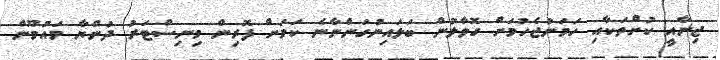
ޖިނާއީ ކުށްތަކާއި ހަމަނުޖެހުމަށް ގޮވާލުން ބަލައިނުގަންނާނެ ކަމަށް ފޮރިން މިނިސްޓަރު ދުންޔާ މައުމޫން